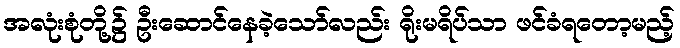
အလုံးစုံတို့၌ ဦးဆောင်နေခဲ့သော်လည်း ရိုးမရိပ်သာ ဖင်ခံရတော့မည့်